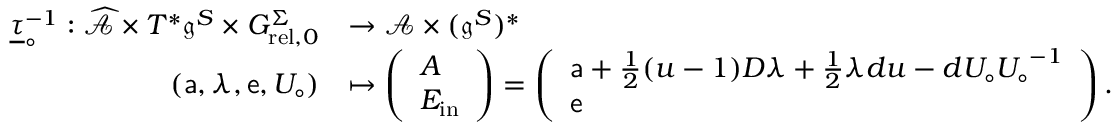
\begin{array} { r l } { \underline { \tau } _ { \circ } ^ { - 1 } : \widehat { \mathcal { A } } \times T ^ { * } \mathfrak { g } ^ { S } \times { G _ { \mathrm { r e l } , 0 } ^ { \Sigma } } } & { \to \mathcal { A } \times { ( \mathfrak { g } ^ { S } ) ^ { * } } } \\ { ( { \mathsf { a } } , \lambda , { \mathsf { e } } , { U _ { \circ } } ) } & { \mapsto \left( \begin{array} { l } { A } \\ { E _ { \mathrm { i n } } } \end{array} \right) = \left( \begin{array} { l } { { \mathsf { a } } + \frac 1 2 ( u - 1 ) D \lambda + \frac 1 2 \lambda d u - d { U _ { \circ } } { U _ { \circ } } ^ { - 1 } } \\ { { \mathsf { e } } } \end{array} \right) . } \end{array}